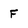
Character: F